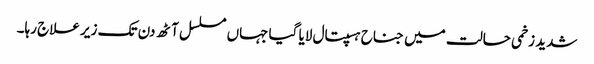
شدید زخمی حالت میں جناح ہسپتال لایا گیا جہاں مسلسل آٹھ دن تک زیر علاج رہا۔